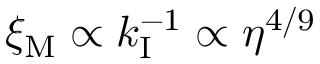
\xi _ { \mathrm { M } } \propto k _ { \mathrm { I } } ^ { - 1 } \propto \eta ^ { 4 / 9 }